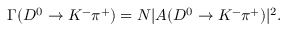
\Gamma ( D ^ { 0 } \rightarrow K ^ { - } \pi ^ { + } ) = N | { \cal A } ( D ^ { 0 } \rightarrow K ^ { - } \pi ^ { + } ) | ^ { 2 } .